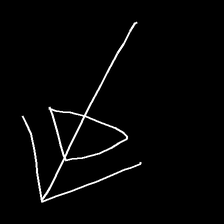
Glyph: pull